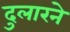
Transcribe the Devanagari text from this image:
दुलारने